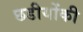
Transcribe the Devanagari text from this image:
छडीयोंकी